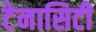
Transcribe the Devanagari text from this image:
टेनासिटी